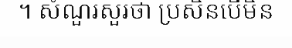
។ សំណួរសួរថា ប្រសិនបើមិន